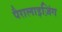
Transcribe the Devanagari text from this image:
पैरालाइज़िंग